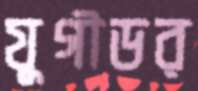
যুগীডর